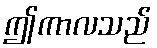
ဤကာလသည်